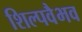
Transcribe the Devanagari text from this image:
शिल्पवैभव